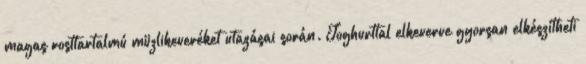
magas rosttartalmú müzlikeveréket utazásai során. Joghurttal elkeverve gyorsan elkészítheti